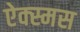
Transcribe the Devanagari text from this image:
ऐक्स्मस